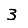
Digit: 3